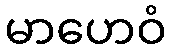
မာဟေဝံ